Report of the Indian Hemp Drugs Commission, 1894-1895 - Volume VI
Year: 1894
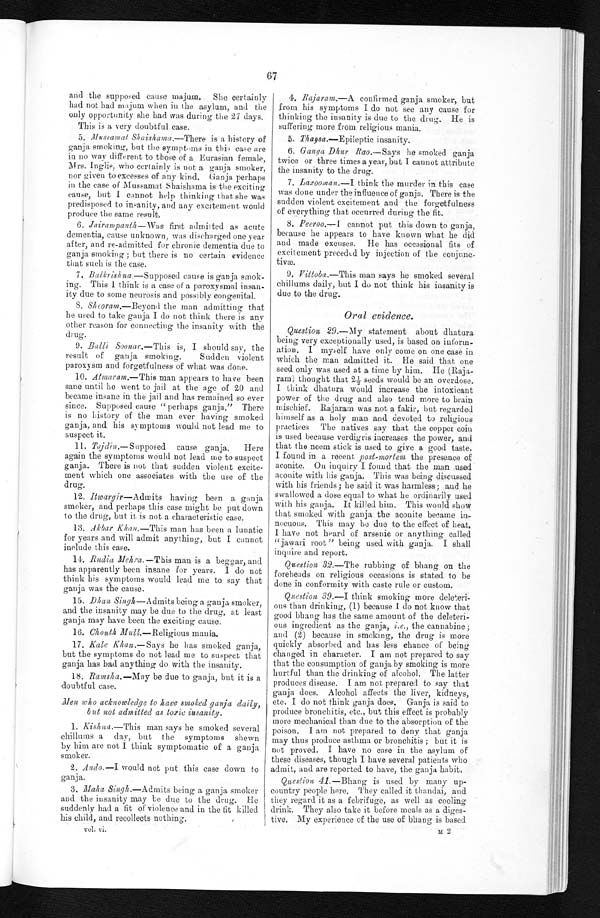
67
and the supposed cause majum. She certainly
had not had majum when in the asylum, and the
only opportunity she had was during the 27 days.
This is a very doubtful case.
5.
Mussamat, Shaishama.—There is a history of
ganja smoking, but the symptoms in thi; case are
in no way different to those of a Eurasian female,
Mrs. Inglis, who certainly is not a ganja smoker,
nor given to excesses of any kind. Ganja perhaps
in the case of Mussamat Shaishama is the exciting
cause, but I cannot help thinking that she was
predisposed to insanity, and any excitement would
produce the same result.
6. Jairampanth—Was first admilted as acute
dementia, cause unknown, was discharged one year
after, and re-admitted for chronic dementia due to
ganja smoking; but there is no certain evidence
that such is the case.
7. Balkrishna —Supposed cause is ganja smok-
ing. This I think is a case of a paroxysmal insan-
ity due to some neurosis and possibly congenital.
S. Sh,coram.—Beyond the man admitting that
he used to take ganja I do not think there is any
other reason for connecting the insanity with the
drug.
9. Balli Soonar.—This is, I should say, the
result of ganja smoking. Sudden violent
paroxysm and forgetfulness of what was done.
10. Atinaram.—This man appeal's to have been
sane until he went to jail at the age of 20 and
became insane in the jail and has remained so ever
since. Supposed cause " perhaps ganja.." There
is no history of the man ever having smoked
ganja, and his symptoms would not lead me to
suspect it.
11. Tajdin.—Supposed cause ganja. Here
again the symptoms would not lead to me respect
ganja. There is not that sudden violent excite-
went which one associates with the use of the
drug.
12. Itwargir—Admits having, been a ganja
smoker, and perhaps this case might he put down
to the drug-, but it, is not a characteristic case.
13. Akbar Khan.—This man has been a lunatic
for years and will admit anything, but I cannot
include this case.
14. Rudia Mehra.—This man is a begnar, and
has apparently been insane for years. I do not
think his symptoms would lead me to say that
ganja was the cause.
15. Dhan, Singh—Admits being a ganja smoker,
and the insanity may be due to the drug, at least
ganja may have been the exciting cause.
16. Chouth Mutt.—Religious mania.
17. Kale Khan.—Says he has smoked ganja,
but the symptoms do not lead me to suspect that
ganja has had anything do with the insanity.
18. Ramsha.—May be due to ganja, but it is a
doubtful case.
then who acknowledge to have smoked ganja daily;
but not admitted as toxic insanity.
1. Kishna.—This man says he smoked several
ehillums a day, but the symptoms shewn
by him are not I think symptomatic of a ganja
smoker.
2. Ando.—I would not put this case down to
ganja.
3. Maha Singh.—Admits being a ganja smoker
and the insanity may be due to the drug. He
suddenly had a tit of violence and in the fit killed
his child, and recollects nothing.
vol. vi.
4. Rajaram.—A confirmed ganja smoker, but
from his symptoms I do not see any cause for
thinking the insanity is due to the drug. He is
suffering more from religious mania.
5. Thaysa.—Epileptic insanity.
6. Ganga Dbur Rao.—Says he smoked ganja
twice or three times a year, but I cannot attribute
the insanity to the drug.
7. Laxooman.—I. think the murder in this case
was done under the influence of ganja. There is the
sudden violent excitement and the forgetfulness
of everything that occurred during the fit.
8. Peeroo.—I cannot put this down to ganja,
because he appears to have known what he did
and made excuses. Ile has occasional fits of
excitement preceded by injection of the
c o n j u n c ¬ t i v æ .
9. Vittoba.—This man says lie smoked several
chillums daily, but I do not think his insanity is
due to the drug.
Oral evidence.
Question 29.—My statement about dhatura
being very exceptionally used, is based on inform-
ation. I myself have only come on one case in
which the man admitted it. He said that one
seed only was used at a time by him. He (Raj:o.
rain thought that 2½ seeds would be an overdose.
I think dihatura would increase the intoxicant
power of the drug and also tend more to brain
mischief. Rajaram was not a fakir, hut regarded
himself as a holy man and devoted to religious
practices The natives say that the copper coin
is used because verdigris increases the power, and
that the neem stick is used to give a good taste.
I . . . • , • e s e n c e o f
aconite. On inquiry I found that the man used
aconite with his ganja. This was being discussed
with his friends; he said it was harmless; and he
swallowed a dose equal to what he ordinarily used
with his ganja. It killed him. This would show
that smoked with ganja, the aconite became in-
nocuous. This may he due to the effect of heat.
I have not heard of arsenic or anything called
"jawari root" being used with ganja. I shall
inquire and report.
Question 32.—The rubbing of Chang on the
foreheads on religious occasions is stated to be
done in conformity with caste rule or custom.
Question, B9.—I think smoking more deleteri-
ous than drinking, (1) because 1 do not know that
good bhang. ian has the same amount of the delete-
C h a n g
Gus ingredient as the ganja, i.e., the cannabine;
and (2) because in smoking, the drug is more
quickly absorbed and has less chance of being
changed in character. I am not prepared to say
that the consumption of ganja by smoking is more
hurtful than the drinking of alcohol. The latter
produces disease. I am not prepared to say that
ganja does. Alcohol affects the liver, kidneys,
etc. I do not think ganja does. Ganja is said to
produce bronchitis, etc., but this effect is probably
more mechanical than due to the absorption of the
poison. I am not prepared to deny that ganja
may thus produce asthma or bronchitis; but it is
not proved. I have no case in the asylum of
these diseases, though I have several patients who
admit, and are reported to have, the ganja, habit,
Questiom 41.—Bhang is used by many up-
country people here. They called it thandai, and
they regard it as a febrifuge, as well as cooling
drink. They also take it before meals as a diges-
tive. My experience of the use of bhang is based
m 2